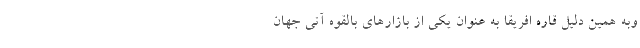
وبه همین دلیل قاره افریقا به عنوان یکی از بازارهای بالقوه آتی جهان